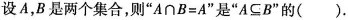
设A，B是两个集合，则”$$A\cap B=A$$”是”$$A\subseteq B$$”的().